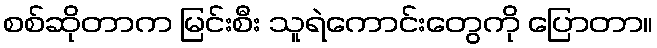
စစ်ဆိုတာက မြင်းစီး သူရဲကောင်းတွေကို ပြောတာ။